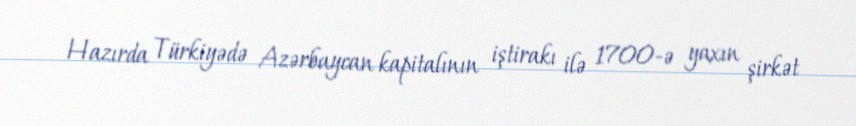
Hazırda Türkiyədə Azərbaycan kapitalının iştirakı ilə 1700-ə yaxın şirkət